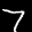
Label: 7